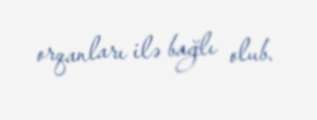
orqanları ilə bağlı olub.